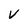
Character: V